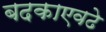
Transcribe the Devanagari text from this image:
बदकाएवढे